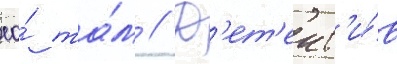
ео́ та́м // Д'ет'ект'и́в